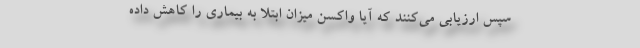
سپس ارزیابی می‌کنند که آیا واکسن میزان ابتلا به بیماری را کاهش داده